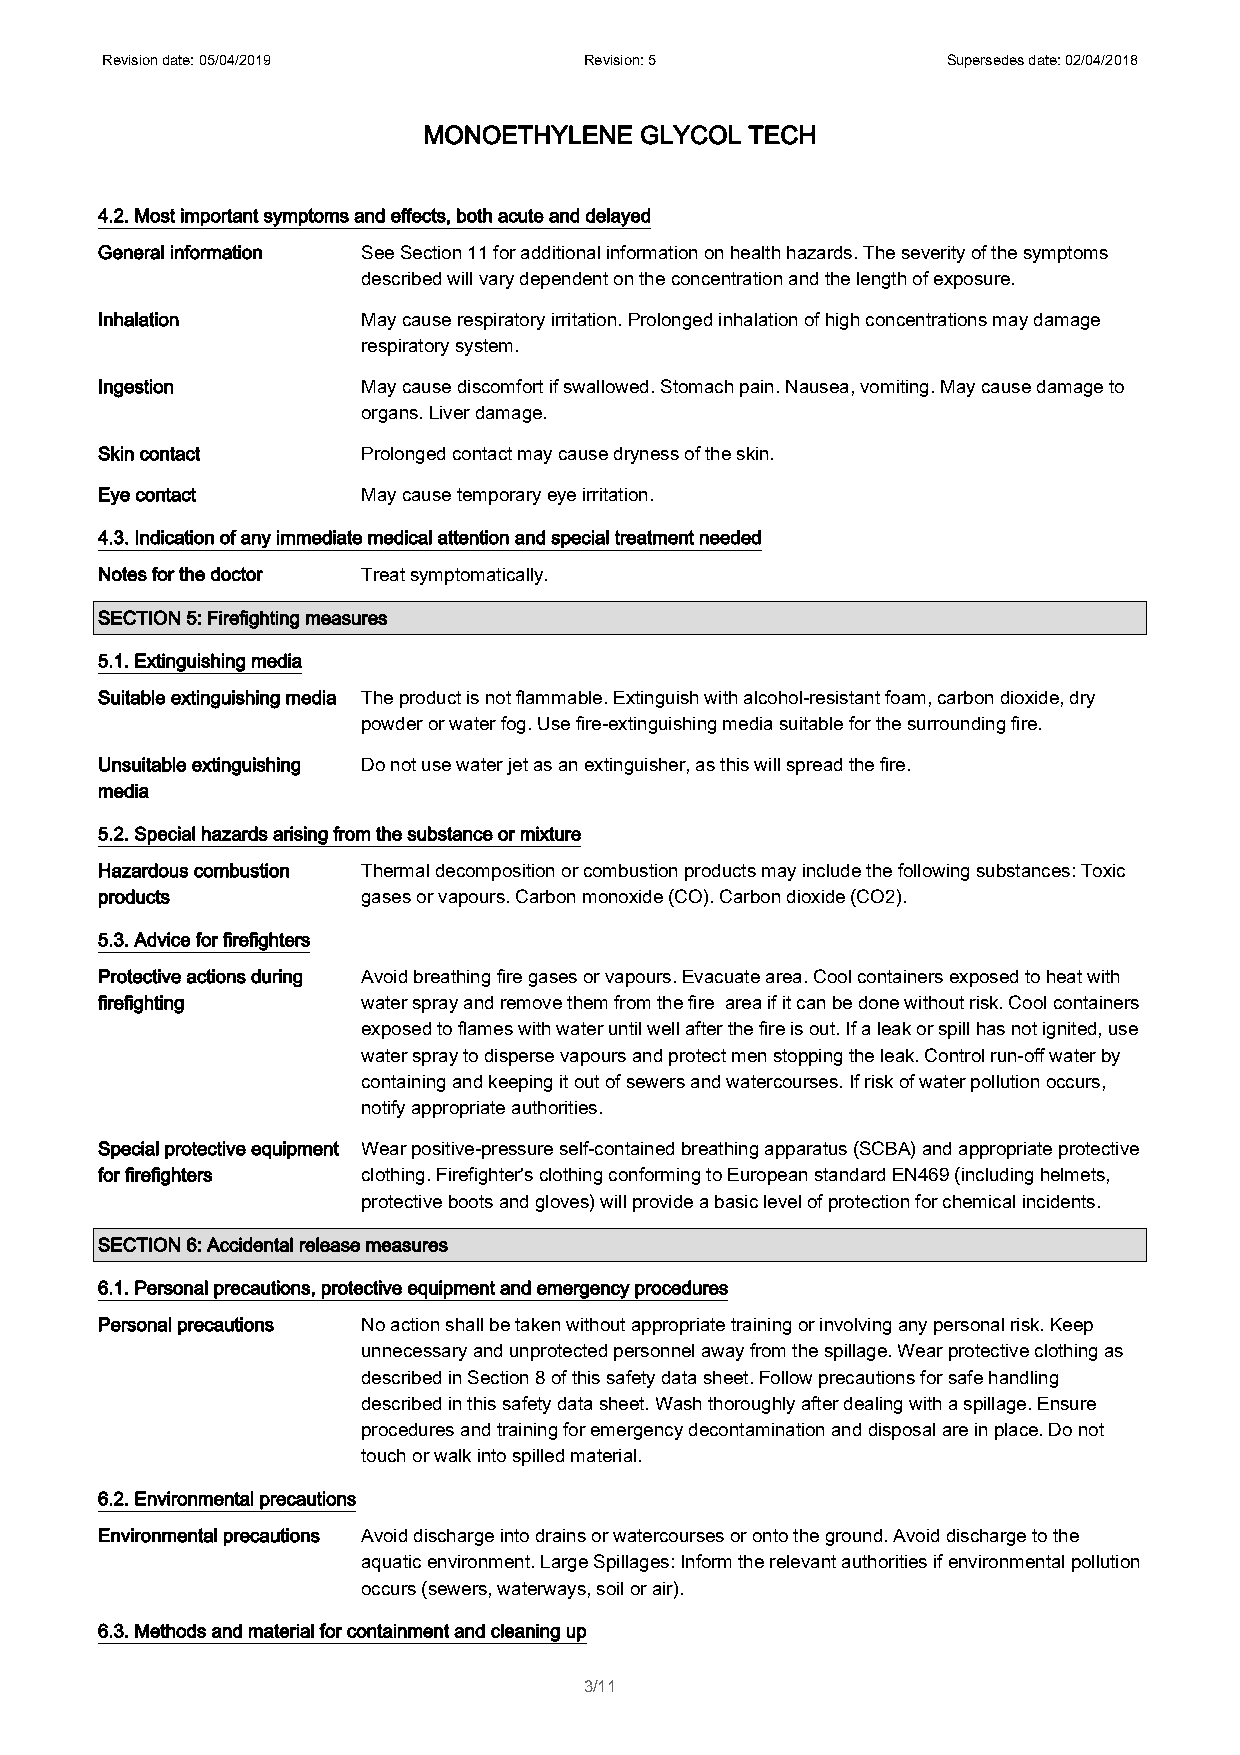
Revision date: 05/04/2019       Revision: 5             Supersedes date: 02/04/2018
 MONOETHYLENE  GLYCOL  TECH
 4.2. Most important symptoms and effects, both acute and delayed
 General information See Section 11 for additional information on health hazards. The severity of the symptoms
 described will vary dependent on the concentration and the length of exposure.
 Inhalation        May cause respiratory irritation. Prolonged inhalation of high concentrations may damage
 respiratory system.
 Ingestion         May cause discomfort if swallowed. Stomach pain. Nausea, vomiting. May cause damage to
 organs. Liver damage.
 Skin contact      Prolonged contact may cause dryness of the skin.
 Eye contact       May cause temporary eye irritation.
 4.3. Indication of any immediate medical attention and special treatment needed
 Notes for the doctor Treat symptomatically.
 SECTION 5: Firefighting measures
 5.1. Extinguishing media
 Suitable extinguishing media The product is not flammable. Extinguish with alcohol-resistant foam, carbon dioxide, dry
 powder or water fog. Use fire-extinguishing media suitable for the surrounding fire.
 Unsuitable extinguishing Do not use water jet as an extinguisher, as this will spread the fire.
 media
 5.2. Special hazards arising from the substance or mixture
 Hazardous combustion Thermal decomposition or combustion products may include the following substances: Toxic
 products          gases or vapours. Carbon monoxide (CO). Carbon dioxide (CO2).
 5.3. Advice for firefighters
 Protective actions during Avoid breathing fire gases or vapours. Evacuate area. Cool containers exposed to heat with
 firefighting      water spray and remove them from the fire area if it can be done without risk. Cool containers
 exposed to flames with water until well after the fire is out. If a leak or spill has not ignited, use
 water spray to disperse vapours and protect men stopping the leak. Control run-off water by
 containing and keeping it out of sewers and watercourses. If risk of water pollution occurs,
 notify appropriate authorities.
 Special protective equipment Wear positive-pressure self-contained breathing apparatus (SCBA) and appropriate protective
 for firefighters  clothing. Firefighter's clothing conforming to European standard EN469 (including helmets,
 protective boots and gloves) will provide a basic level of protection for chemical incidents.
 SECTION 6: Accidental release measures
 6.1. Personal precautions, protective equipment and emergency procedures
 Personal precautions No action shall be taken without appropriate training or involving any personal risk. Keep
 unnecessary and unprotected personnel away from the spillage. Wear protective clothing as
 described in Section 8 of this safety data sheet. Follow precautions for safe handling
 described in this safety data sheet. Wash thoroughly after dealing with a spillage. Ensure
 procedures and training for emergency decontamination and disposal are in place. Do not
 touch or walk into spilled material.
 6.2. Environmental precautions
 Environmental precautions Avoid discharge into drains or watercourses or onto the ground. Avoid discharge to the
 aquatic environment. Large Spillages: Inform the relevant authorities if environmental pollution
 occurs (sewers, waterways, soil or air).
 6.3. Methods and material for containment and cleaning up
 3/11